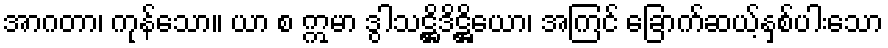
အာဂတာ၊ ကုန်သော။ ယာ စ ဣမာ ဒွါသဋ္ဌိဒိဋ္ဌိယော၊ အကြင် ခြောက်ဆယ့်နှစ်ပါးသော